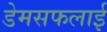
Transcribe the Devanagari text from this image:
डेमसफलाई